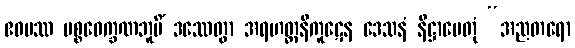
ဧဝမဿ ပစ္စဝေက္ခဏဘူမိံ ဒဿေတွာ အရဟတ္တနိကူဋေန ဒေသနံ နိဋ္ဌာပေတုံ “အညတရော